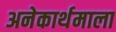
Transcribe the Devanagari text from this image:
अनेकार्थमाला